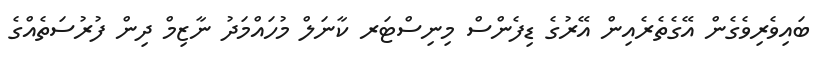
ބައިވެރިވެގެން އޭގެތެރެއިން އޭރުގެ ޑިފެންސް މިނިސްޓަރ ކާނަލް މުހައްމަދު ނާޒިމް ދިން ފުރުސަތެއްގެ